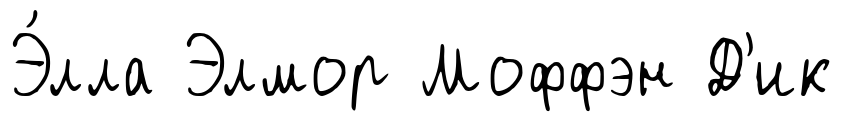
Э́лла Элмор Моффэн Д'ик